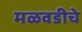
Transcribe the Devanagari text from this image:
मळवडीचे